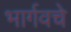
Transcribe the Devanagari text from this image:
भार्गवचे